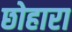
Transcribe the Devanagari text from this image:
छोहारा